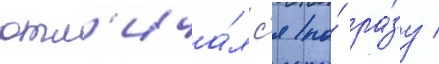
отл'ича́лс'я по́ ра́зу /